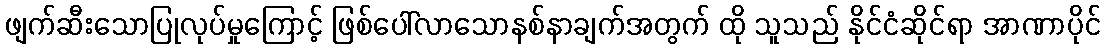
ဖျက်ဆီးသောပြုလုပ်မှုကြောင့် ဖြစ်ပေါ်လာသောနစ်နာချက်အတွက် ထို သူသည် နိုင်ငံဆိုင်ရာ အာဏာပိုင်